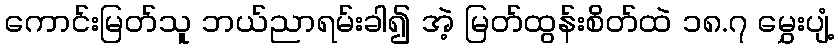
ကောင်းမြတ်သူ ဘယ်ညာရမ်းခါ၍ အဲ့ မြတ်ထွန်းစိတ်ထဲ ၁၈.၇ မွှေးပျံ့